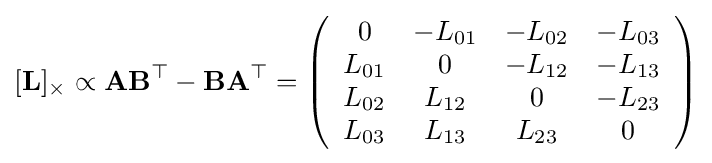
[\mathbf {L} ]_{\times }\propto \mathbf {A} \mathbf {B} ^{\top }-\mathbf {B} \mathbf {A} ^{\top }=\left({\begin{array}{cccc}0&-L_{01}&-L_{02}&-L_{03}\\L_{01}&0&-L_{12}&-L_{13}\\L_{02}&L_{12}&0&-L_{23}\\L_{03}&L_{13}&L_{23}&0\end{array}}\right)